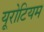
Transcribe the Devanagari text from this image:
यूरोटियम